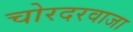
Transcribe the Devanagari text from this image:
चोरदरवाजा